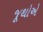
જૂથોએ